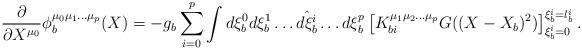
LaTeX: \begin{align*}\frac{\partial}{\partial X^{\mu_0}}\phi_{b}^{\mu_{0}\mu_{1}\ldots\mu_{p}}(X)=- g_{b}\sum_{i=0}^{p}\int d\xi^0_{b}d\xi^1_{b}\ldots\hat{d\xi^{i}_{b}}\ldots d\xi^{p}_{b}\left[K_{bi}^{\mu_{1}\mu_{2}\ldots\mu_{p}}G((X-X_{b})^2)\right]_{\xi_{b}^{i}=0}^{\xi_{b}^{i}=l_{b}^{i}}. \end{align*}